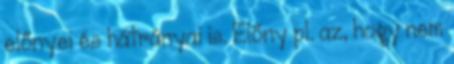
előnyei és hátrányai is. Előny pl. az, hogy nem